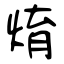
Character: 焴